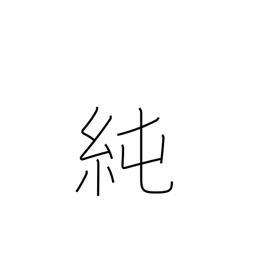
Meaning: purity